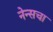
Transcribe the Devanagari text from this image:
नेन्सचा